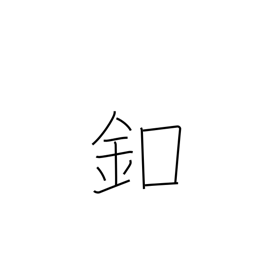
Meaning: button